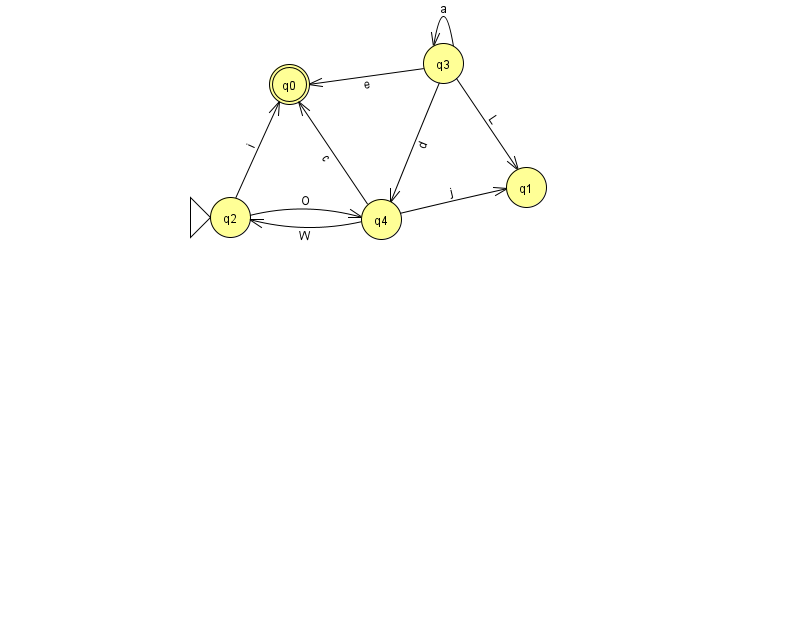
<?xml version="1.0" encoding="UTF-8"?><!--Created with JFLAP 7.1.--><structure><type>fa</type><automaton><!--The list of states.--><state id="0" name="q0"><x>289.0</x><y>71.0</y><final/></state><state id="1" name="q1"><x>526.0</x><y>174.0</y></state><state id="2" name="q2"><x>230.0</x><y>204.0</y><initial/></state><state id="3" name="q3"><x>443.0</x><y>50.0</y></state><state id="4" name="q4"><x>381.0</x><y>206.0</y></state><!--The list of transitions.--><transition><from>3</from><to>3</to><read>a</read></transition><transition><from>2</from><to>0</to><read>i</read></transition><transition><from>4</from><to>2</to><read>W</read></transition><transition><from>3</from><to>4</to><read>d</read></transition><transition><from>3</from><to>0</to><read>e</read></transition><transition><from>3</from><to>1</to><read>L</read></transition><transition><from>4</from><to>0</to><read>c</read></transition><transition><from>2</from><to>4</to><read>O</read></transition><transition><from>4</from><to>1</to><read>j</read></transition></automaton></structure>